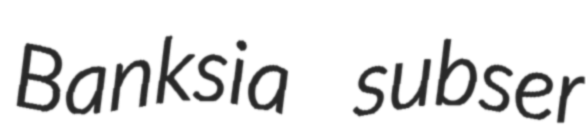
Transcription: Banksia subser